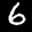
Label: 6